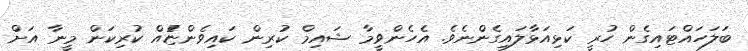
ބަލަހައްޓައިގެން ހުރީ ކަޅިއަޅާލައިގެންނެވެ. އެހެންވީމާ ޝައިމް ކުރިން ކައިވެންޏުެއް ކުރިކަން މީނާ އަށް